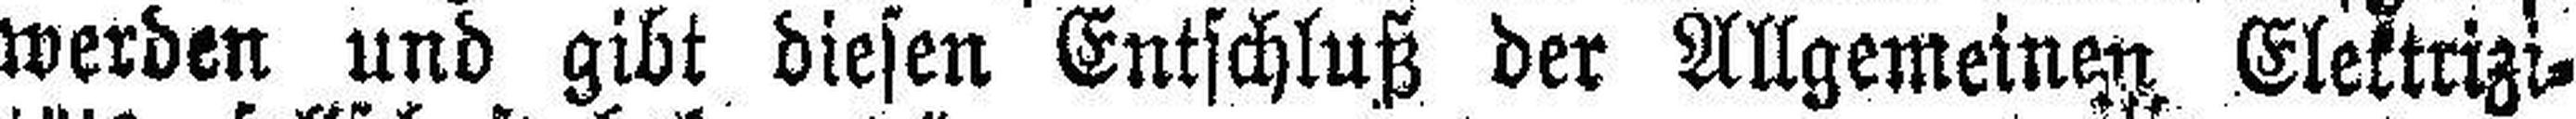
werden und gibt diesen Entschluß der Allgemeinen Elektrizi¬